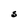
Character: S